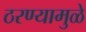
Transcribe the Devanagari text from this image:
ठरण्यामुळे